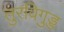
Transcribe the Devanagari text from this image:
तुरविगुड्ड